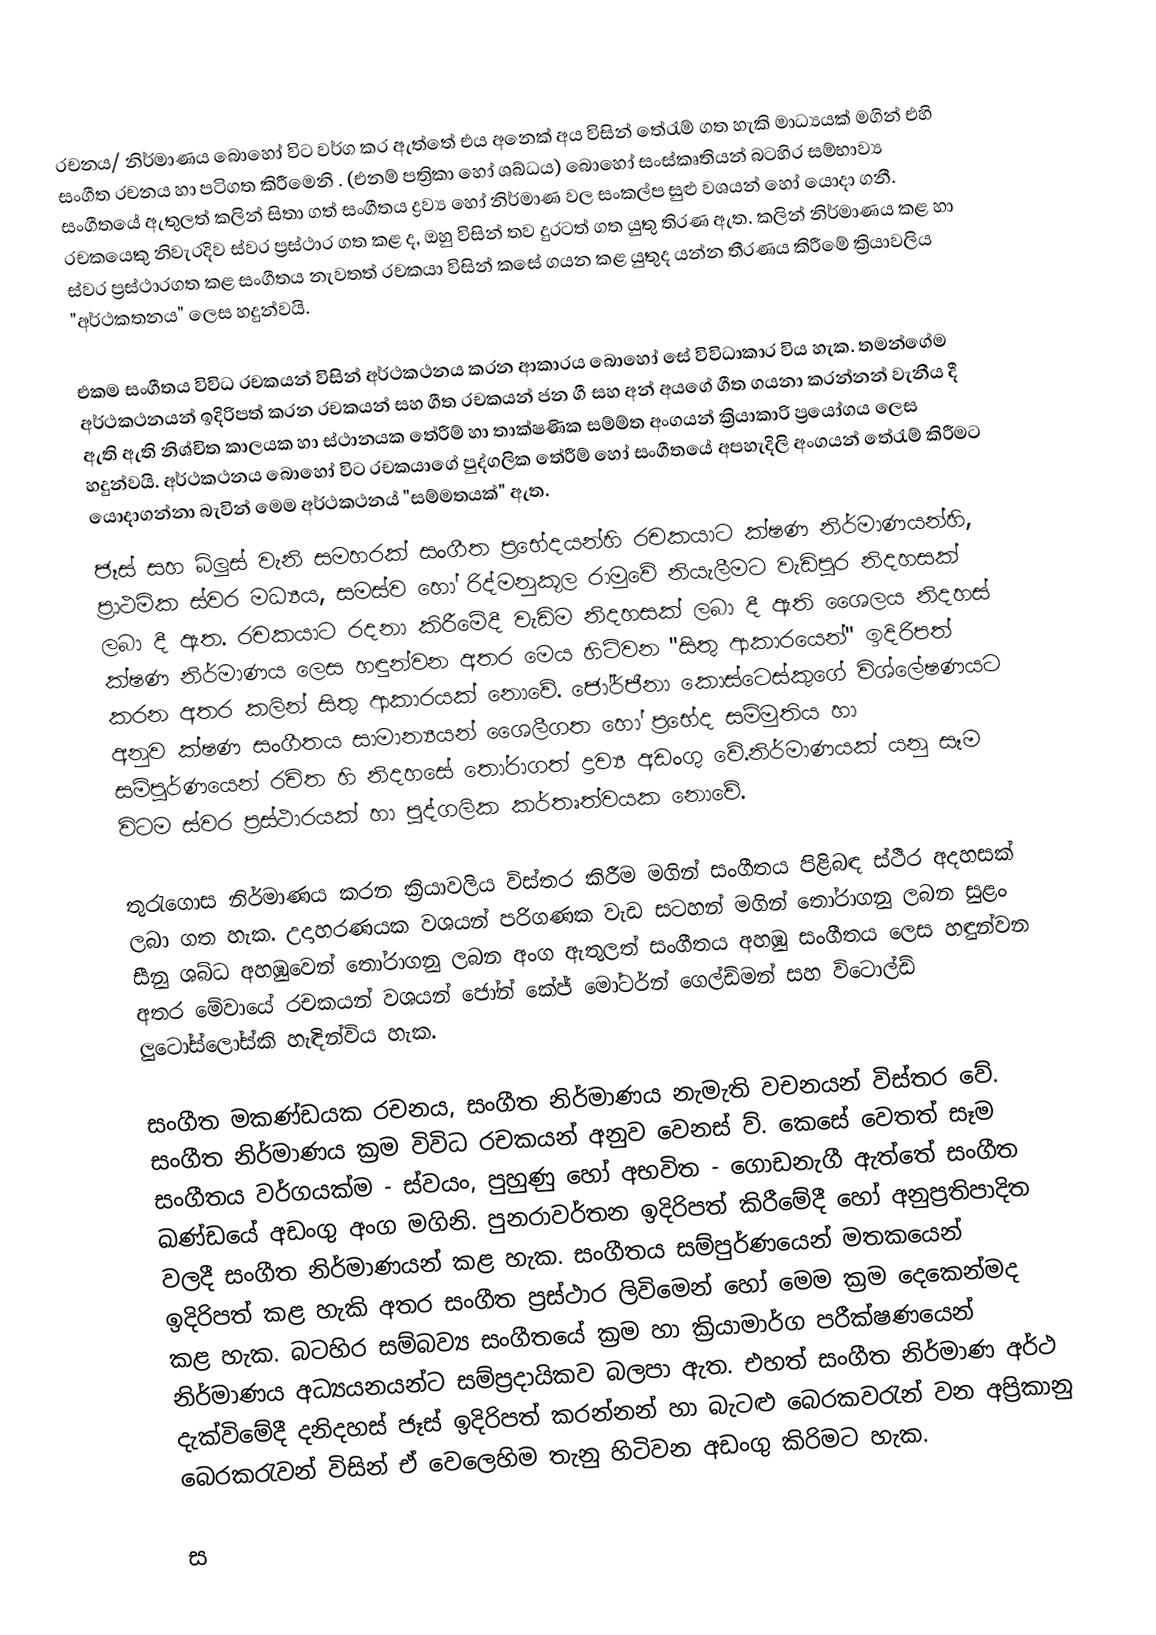
රචනය/ නිර්මාණය බොහෝ විට වර්ග කර ඇත්තේ එය අනෙක් අය විසින් තේරැම් ගත හැකි මාධ්‍යයක් මගින් එහි සංගීත රචනය හා පටිගත කිරීමෙනි . (එනම් පත්‍රිකා හෝ ශබ්ධය) බොහෝ සංස්කෘතියන් බටහිර සම්භාව්‍ය සංගීත‍යේ ඇතුලත් කලින් සිතා ගත් සංගීතය ද්‍රව්‍ය හෝ නිර්මාණ වල සංකල්ප සුළු වශයන් ‍හෝ යොදා ගනී.  රචකයෙකු නිවැරදිව ස්වර ප්‍රස්ථාර ගත කළ ද, ඔහු විසින් තව දුරටත් ගත යුතු තිරණ ඇත. කලින් නිර්මාණය කළ හා ස්වර ප්‍රස්ථාරගත කළ සංගීතය නැවතත් රචකයා විසින් කසේ ගයන කළ යුතුද යන්න තීරණය කිරීමේ ක්‍රියාවලිය "අර්ථකතනය" ලෙස හදුන්වයි.

එකම සංගීතය විවිධ රචකයන් විසින් අර්ථකථනය කරන ආකාරය බොහෝ සේ විවිධාකාර විය හැක. තමන්ගේම අර්ථකථනයන් ඉදිරිපත් කරන රචකයන් සහ ගීත රචකයන් ජන ගී සහ අන් අයගේ ගීත ගයනා කරන්නන් වැනීය දී ඇති ඇති නිශ්චිත කාලයක හා ස්ථානයක තේරීම් හා තාක්ෂණික සම්ම්ත අංගයන් ක්‍රියාකාරි ප්‍රයෝගය ලෙස හදුන්වයි. අර්ථකථනය ‍‍බොහෝ විට රචකයාගේ පුද්ගලික තේරීම් හෝ සංගීතයේ අපහැදිලි අංගයන් තේරැම් කිරීමට යොදාගන්නා බැවින් මෙම අර්ථකථනය් "සම්මතයක්" ඇත.
ජෑස් සහ බ්ලුස් වැනි සමහරක් සංගීත ප්‍රභේදයන්හි රචකයාට ක්ෂණ නිර්මාණයන්හි, ප්‍රාථමික ස්වර මධ්‍යය, සමස්ව හෝ රිද්මනුකූල රාමුවේ නියැලීමට වැඩිපුර නිදහසක් ලබා දී ඇත. රචකයාට රදනා කිරීමේදී වැඩිම නිදහසක් ලබා දී ඇති ශෛලය නිදහස් ක්ෂණ නිර්මාණය ලෙස හඳුන්වන අතර මෙය හිටිවන "සිතු ආකාරයෙන්" ඉදිරිපත් කරන අතර කලින් සිතු ආකාරයක් ‍නොවේ. ජෝර්ජීනා කොස්ටෙස්කුගේ විශ්ලේෂණයට අනුව ක්ෂණ සංගීතය සාමාන්‍යයන් ශෛලීගත හෝ ප්‍රභේද සම්මුතිය හා සම්පුර්ණයෙන් රචිත හි නිදහසේ තෝරාගත් ද්‍රව්‍ය අඩංගු වේ.නිර්මාණයක් යනු සෑම විටම ස්වර ප්‍රස්ථාරයක් හා පුද්ගලික කර්තෘත්වයක ‍නොවේ.

තුරැගොස නිර්මාණය කරන ක්‍රියාවලිය විස්තර කිරීම මගින් සංගීතය පිළිබඳ ස්ථීර අදහසක් ලබා ගත හැක. උදාහරණයක ව‍ශයන් පරිගණක වැඩ සටහන් මගින් තෝරාගනු ලබන සුළං සීනු ශබ්ධ අහඹුවෙන් තෝරාගනු ලබන අංග ඇතුලත් සංගීතය අහඹු සංගීතය ලෙස හඳුන්වන අතර මේවායේ රචකයන් වශයන් ජෝන් කේජ් මෝටර්න් ගෙල්ඩ්මන් සහ විටොල්ඩ් ලුටෝස්ලෝස්කි හැඳින්විය හැක.

සංගීත මකණ්ඩයක රචනය, සංගීත නිර්මාණය නැමැති වචනයන් විස්තර වේ. සංගීත නිර්මාණය ක්‍රම විවිධ රචකයන් අනුව වෙනස් ව්. කෙසේ වෙතත් සෑම සංගීතය වර්ගයක්ම - ස්වයං, පුහුණු හෝ අභවිත - ගොඩනැගී ඇත්තේ සංගීත ඛණ්ඩයේ අඩංගු අංග මගිනි. පුනරාවර්තන ඉදිරිපත් කිරීමේදී හෝ අනුප්‍රතිපාදිත වලදී සංගීත නිර්මාණයන් කළ හැක. සංගීතය සම්පුර්ණයෙන් මතකයෙන් ඉදිරිපත් කළ හැකි අතර සංගීත ප්‍රස්ථාර ලිවිමෙන් හෝ මෙම ක්‍රම දෙකෙන්මද කළ හැක. බටහිර සම්බව්‍ය සංගීතයේ ක්‍රම හා ක්‍රියාමාර්ග පරීක්ෂණයෙන් නිර්මාණය අධ්‍යයනයන්ට සම්ප්‍රදායිකව බලපා ඇත. එහත් සංගීත නිර්මාණ අර්ථ දැක්විමේදී දනිදහස් ජෑස් ඉදිරිපත් කරන්නන් හා බැටළු බෙරකවරැන් වන අප්‍රිකානු බෙරකරැවන් විසින් ඒ වෙලෙහිම තැනු හිටිවන අඩංගු කිරිමට හැක.

ස